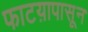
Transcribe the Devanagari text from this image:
फाटय़ापासून